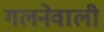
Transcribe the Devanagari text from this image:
गलनेवाली